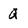
Character: Q